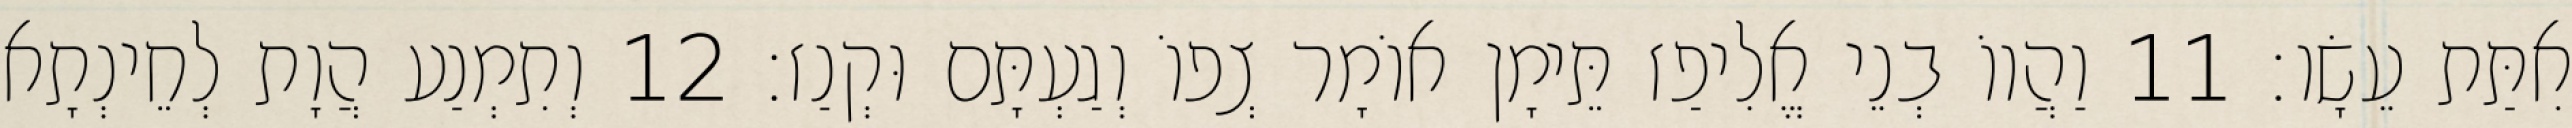
אִתַּת עֵשָׂו׃ 11 וַהֲווֹ בְנֵי אֱלִיפַז תֵּימָן אוֹמָר צְפוֹ וְגַעְתָּם וּקְנַז׃ 12 וְתִמְנַע הֲוָת לְחֵינְתָא